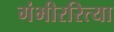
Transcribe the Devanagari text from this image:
गंभीररित्या